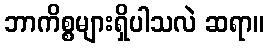
ဘာကိစ္စများရှိပါသလဲ ဆရာ။